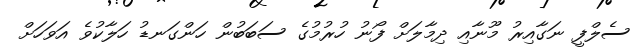
ސެލްފީ ނަގާއިރު މޫނާއި ދިމާލަށް ފޯނު ހުރުމުގެ ސަބަބުން ހަންގަނޑު ހަލާކުވެ އަވަަހަށް